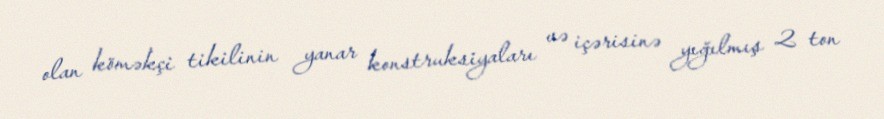
olan köməkçi tikilinin yanar konstruksiyaları və içərisinə yığılmış 2 ton